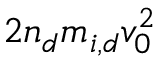
2 n _ { d } m _ { i , d } v _ { 0 } ^ { 2 }